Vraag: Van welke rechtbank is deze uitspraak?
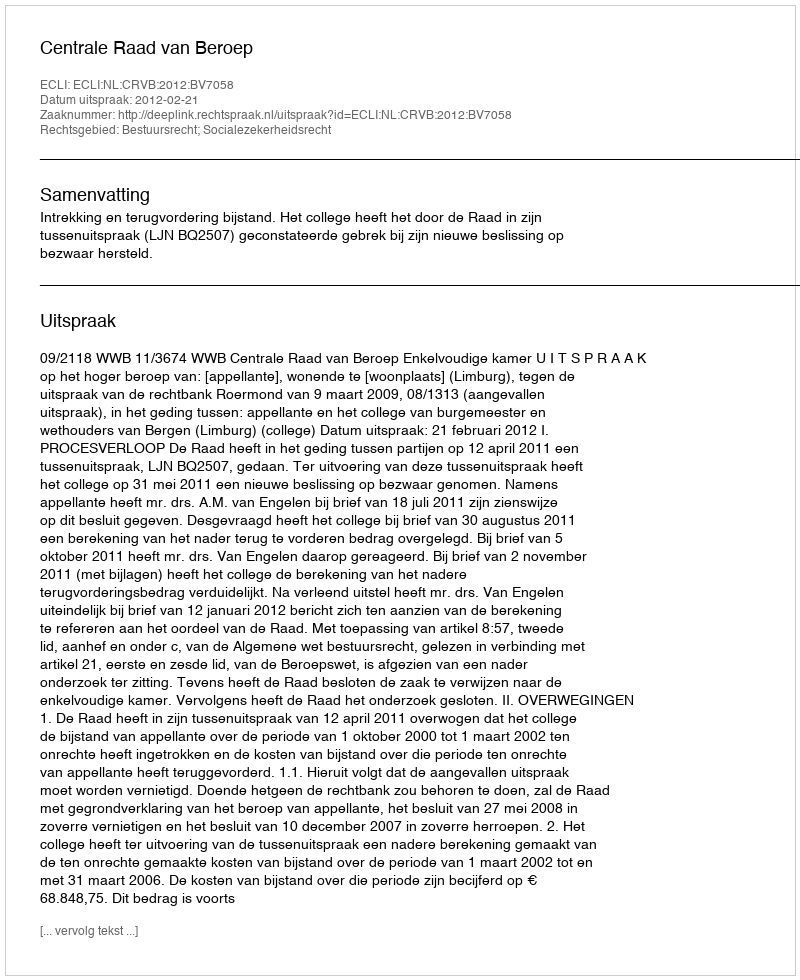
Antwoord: Centrale Raad van Beroep